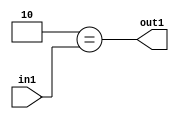
`timescale 1ps / 1ps
/*****************************************************************************
    Verilog RTL Description
    
    
    Created by: Stratus DpOpt 2019.1.01 
*******************************************************************************/

module cache_Eqi2u8_1 (
	in1,
	out1
	); /* architecture "behavioural" */ 
input [7:0] in1;
output  out1;
wire  asc001;

assign asc001 = (13'B0000000000010==in1);

assign out1 = asc001;
endmodule

/* CADENCE  urX2Tgw= : u9/ySgnWtBlWxVPRXgAZ4Og= ** DO NOT EDIT THIS LINE ******/